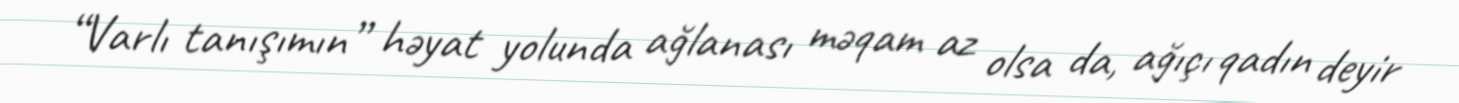
“Varlı tanışımın” həyat yolunda ağlanası məqam az olsa da, ağıçı qadın deyir